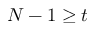
N - 1 \geq t